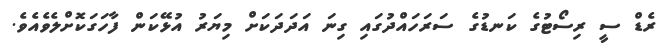
ރެޑް ސީ ރިސޯޓުގެ ކަނޑުގެ ސަރަހައްދުގައި ގިނަ އަދަދަކަށް މިޔަރު އުޅޭކަން ފާހަގަކޮށްލެވެއެވެ.